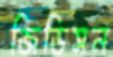
জিডিসন